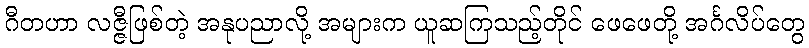
ဂီတဟာ လဇ္ဇီဖြစ်တဲ့ အနုပညာလို့ အများက ယူဆကြသည့်တိုင် ဖေဖေတို့ အင်္ဂလိပ်တွေ